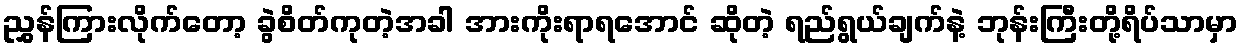
ညွှန်ကြားလိုက်တော့ ခွဲစိတ်ကုတဲ့အခါ အားကိုးရာရအောင် ဆိုတဲ့ ရည်ရွယ်ချက်နဲ့ ဘုန်းကြီးတို့ရိပ်သာမှာ